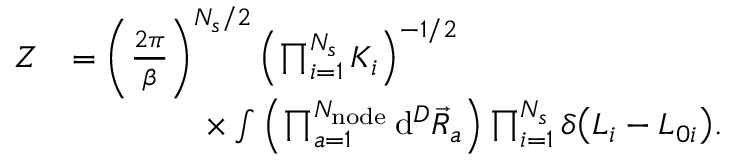
\begin{array} { r l } { Z } & { = \left( \frac { 2 \pi } { \beta } \right) ^ { N _ { s } / 2 } \left( \prod _ { i = 1 } ^ { N _ { s } } { K _ { i } } \right) ^ { - 1 / 2 } } \\ & { \qquad \qquad \times \int { \left( \prod _ { a = 1 } ^ { N _ { \mathrm { n o d e } } } { \mathrm { d } ^ { D } \vec { R } _ { a } } \right) \prod _ { i = 1 } ^ { N _ { s } } { \delta \big ( L _ { i } - L _ { 0 i } \big ) } } . } \end{array}